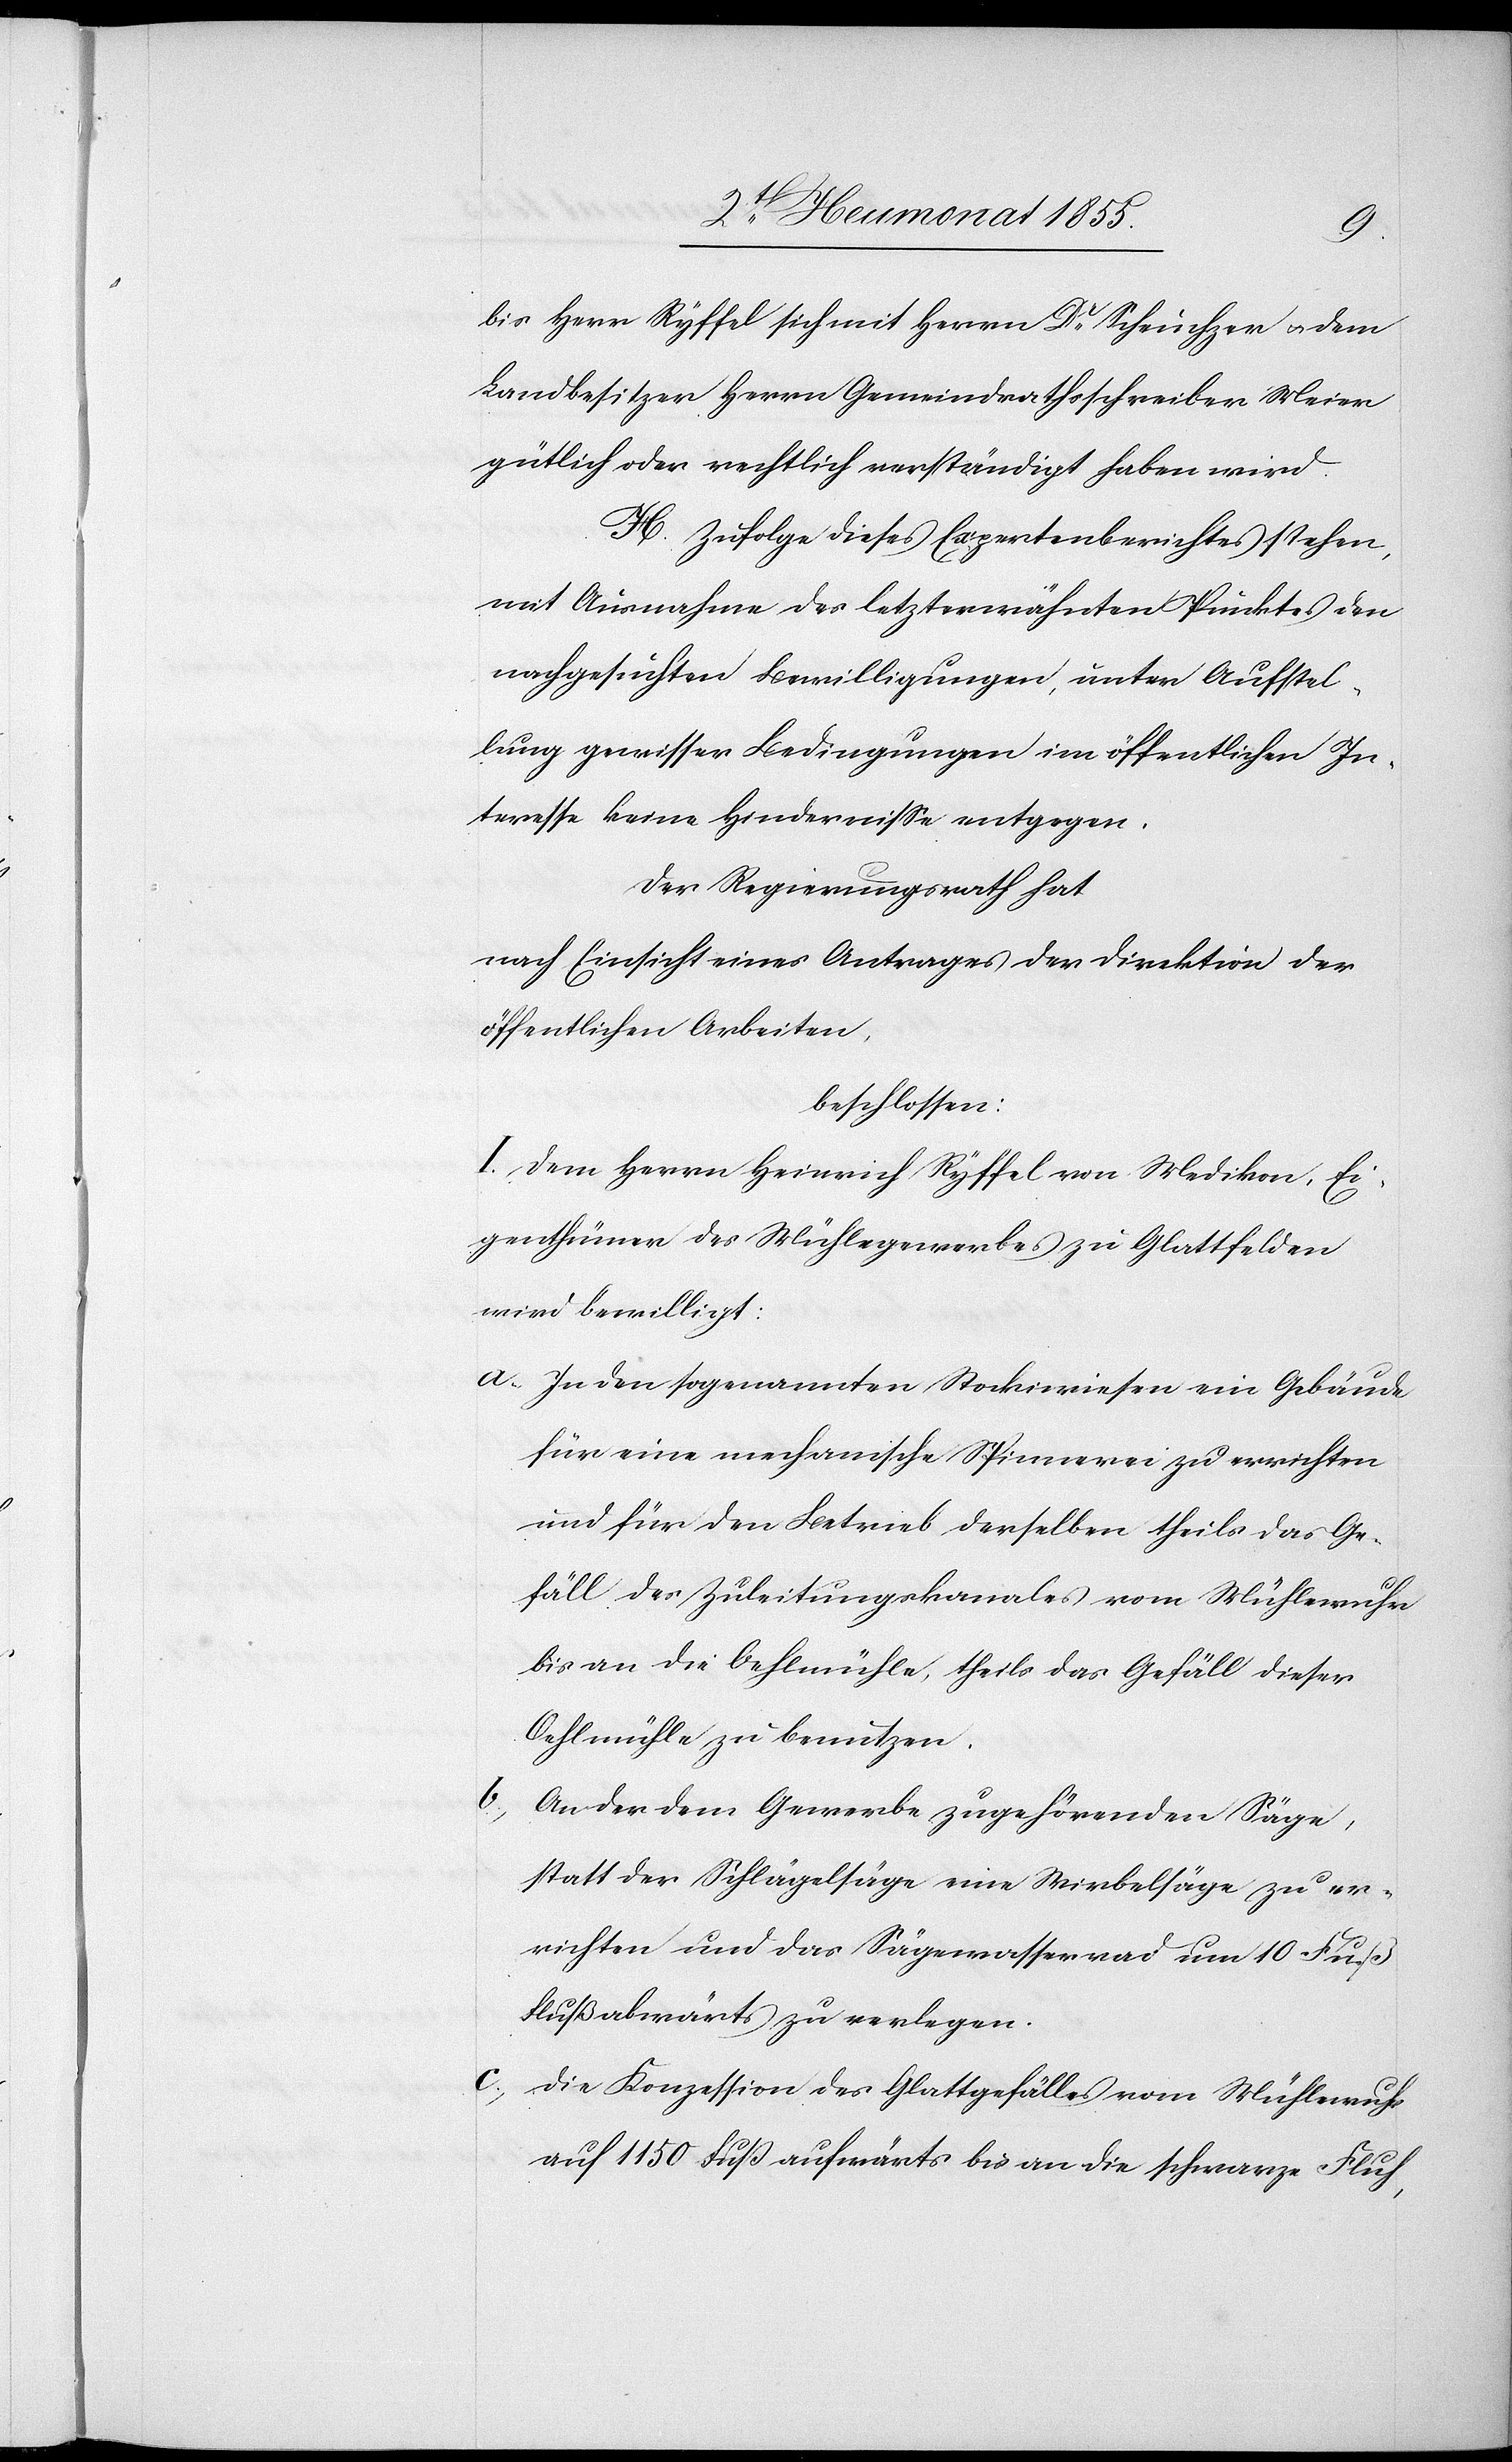
bis Herr Ryffel sich mit Herrn Dr. Scheuchzer & dem
Landbesitzer Herrn Gemeindrathsschreiber Meier
gütlich oder rechtlich verständigt haben wird.
H. Zufolge dieses Expertenberichtes stehen,
mit Ausnahme des letzterwähnten Punktes den
nachgesuchten Bewilligungen, unter Aufstel¬
lung gewisser Bedingungen im öffentlichen In¬
teresse keine Hindernisse entgegen.
Der Regierungsrath hat
nach Einsicht eines Antrages der Direktion der
öffentlichen Arbeiten,
beschlossen:
I. Dem Herrn Heinrich Ryffel von Medikon, Ei¬
genthümer des Mühlegewerbes zu Glattfelden
wird bewilligt:
In den sogenannten Stockiwiesen ein Gebäude
für eine mechanische Spinnerei zu errichten
und für den Betrieb derselben theils das Ge¬
fäll des Zuleitungskanales vom Mühlewuhr
bis an die Oehlmühle, theils das Gefäll dieser
Oehlmühle zu benutzen.
An der dem Gewerbe zugehörenden Säge,
statt der Schlägelsäge eine Wirbelsäge zu er¬
richten und das Sägewasserrad um 10 Fuß
Flußabwärts zu verlegen.
Die Konzession des Glattgefälles vom Mühlewuhr
auf 1150 Fuß [Fluß-]aufwärts bis an die schwarze Fluh,